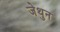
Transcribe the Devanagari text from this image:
जेथुन